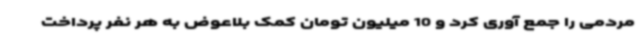
مردمی را جمع آوری کرد و 10 میلیون تومان کمک بلاعوض به هر نفر پرداخت